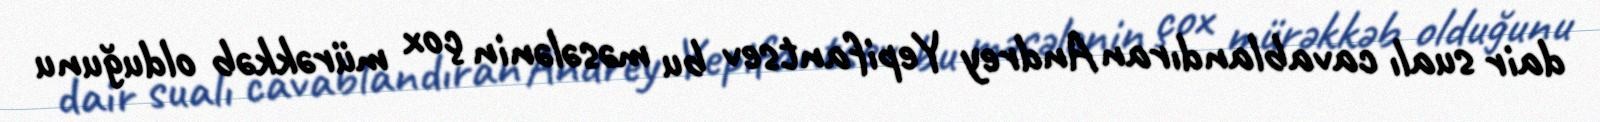
dair sualı cavablandıran Andrey Yepifantsev bu məsələnin çox mürəkkəb olduğunu